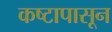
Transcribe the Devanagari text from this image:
कष्टापासून